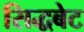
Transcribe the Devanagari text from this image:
सिद्धबेट